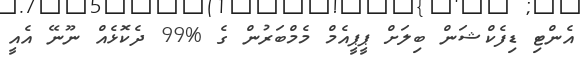
އެންޓި ޑިފެކްޝަން ބިލަށް ޕީޕީއެމް މެމްބަރުން ގެ %99 ދެކޮޅެއް ނޫނޭ އެއީ